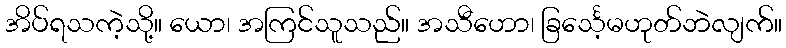
အိပ်ရသကဲ့သို့။ ယော၊ အကြင်သူသည်။ အသီဟော၊ ခြင်္သေ့မဟုတ်ဘဲလျက်။